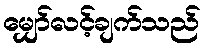
မျှော်လင့်ချက်သည်